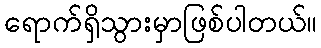
ရောက်ရှိသွားမှာဖြစ်ပါတယ်။